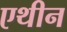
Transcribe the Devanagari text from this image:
एथीन